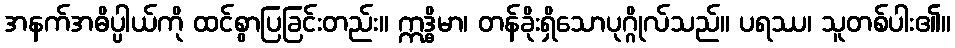
အနက်အဓိပ္ပါယ်ကို ထင်စွာပြခြင်းတည်း။ ဣဒ္ဓိမာ၊ တန်ခိုးရှိသောပုဂ္ဂိုလ်သည်။ ပရဿ၊ သူတစ်ပါး၏။